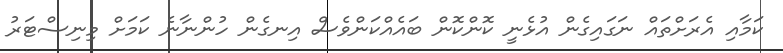
ކަމާއި އެރަށްތައް ނަގައިގެން އުޅެނީ ކޮންކޮން ބައެއްކަންވެސް އިނގެން ހުންނާނެ ކަމަށް މިނިސްޓަރު